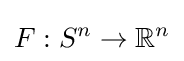
F:S^{n}\to \mathbb {R} ^{n}